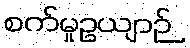
စက်မှုဥယျာဉ်